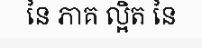
នៃ ភាគ ល្អិត នៃ